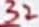
Text: 32